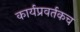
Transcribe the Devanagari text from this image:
कार्यप्रवर्तकच